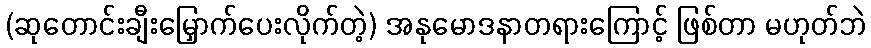
(ဆုတောင်းချီးမြှောက်ပေးလိုက်တဲ့) အနုမောဒနာတရားကြောင့် ဖြစ်တာ မဟုတ်ဘဲ